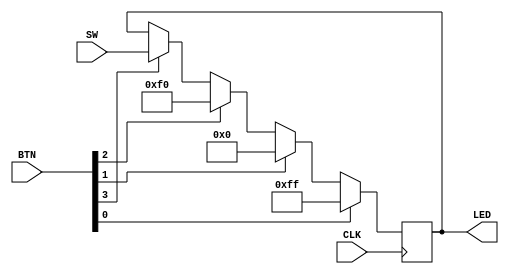
`timescale 1ns / 1ps

module board_test(LED, SW, BTN, CLK);

output reg [7:0] LED;
input [7:0] SW;
input [3:0] BTN;
input CLK;

always @(posedge CLK)
begin
	if(BTN[0])
		LED = 8'b1111_1111;
	else if(BTN[1])
		LED = 8'b0000_0000;
	else if(BTN[2])
		LED = 8'b1111_0000;
	else if(BTN[3])
		LED = SW;
	else
		LED = LED;
end

endmodule